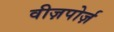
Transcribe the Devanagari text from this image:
वीज़पोर्ज़